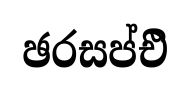
ඡරසප්එි